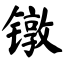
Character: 镦